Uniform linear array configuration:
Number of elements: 16
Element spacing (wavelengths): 0.25
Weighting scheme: hann
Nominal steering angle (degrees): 45
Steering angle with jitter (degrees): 46.409
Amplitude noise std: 0.05
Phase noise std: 0.05

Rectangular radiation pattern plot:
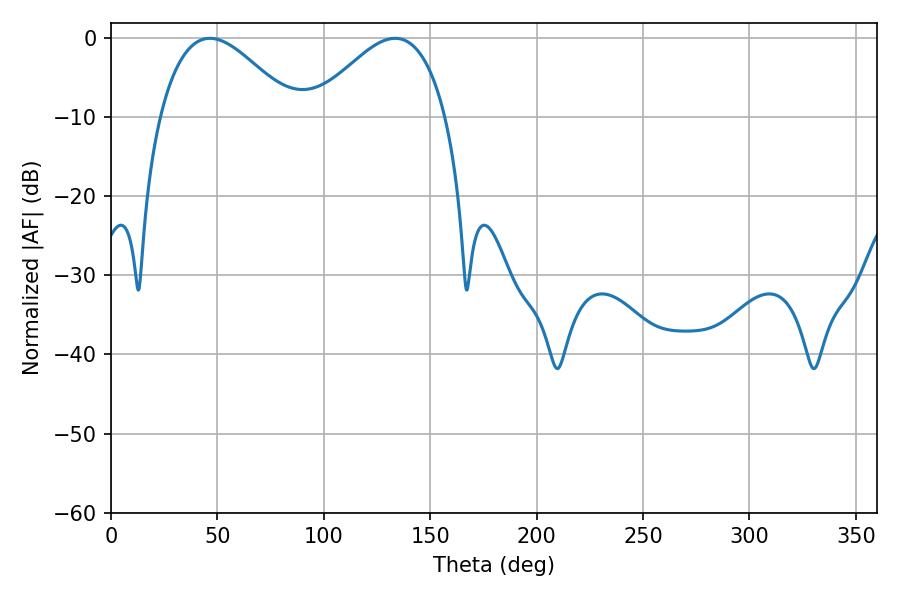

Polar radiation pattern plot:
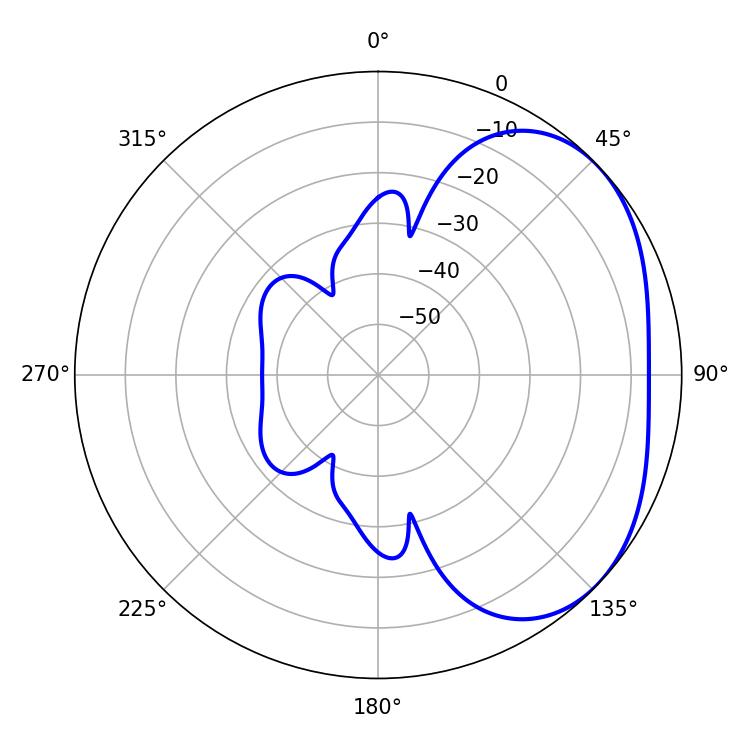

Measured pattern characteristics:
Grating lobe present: FALSE
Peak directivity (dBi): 2.999
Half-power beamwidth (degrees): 33.84
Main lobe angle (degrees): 46.44